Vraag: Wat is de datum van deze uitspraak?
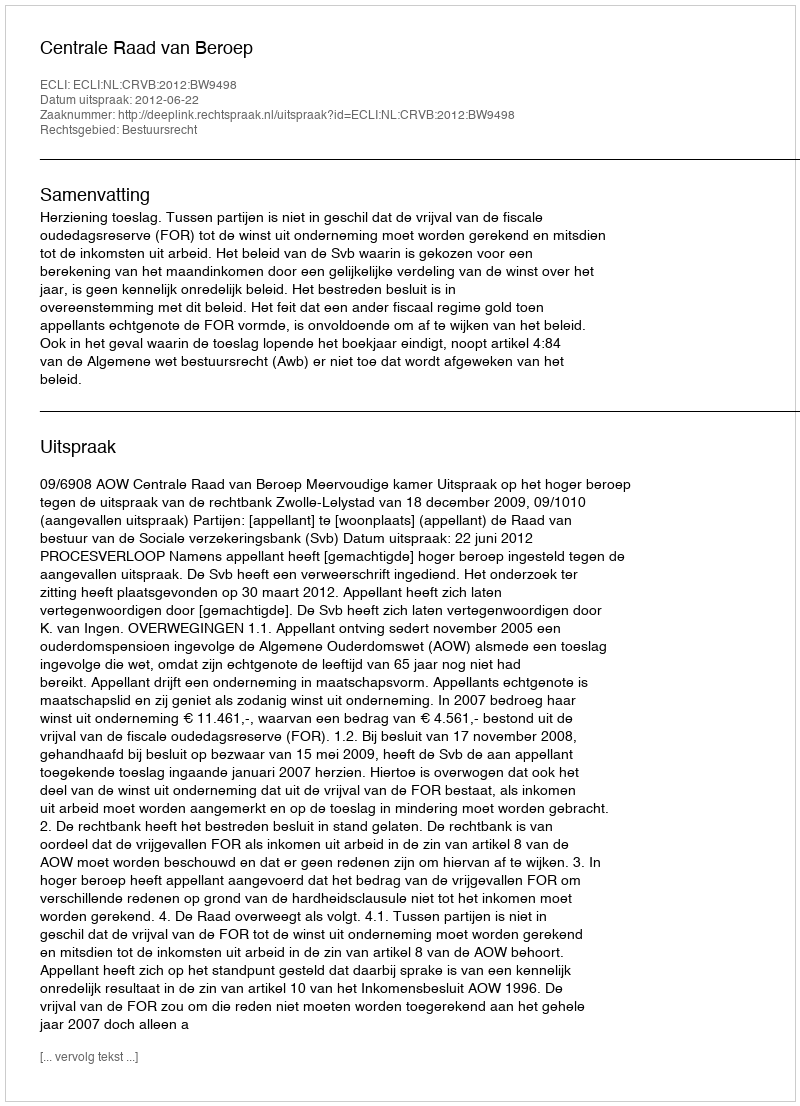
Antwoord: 2012-06-22